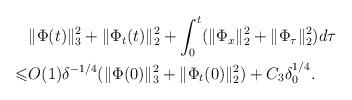
LaTeX: \begin{align*}&\|\Phi( t)\|_3^2 + \|\Phi_t( t)\|_2^2+ \int_0^t (\|\Phi_x\|_2^2 + \|\Phi_\tau\|_2^2) d\tau\\ \leqslant& O(1)\delta^{-1/4}( \|\Phi(0)\|_3^2 + \|\Phi_t(0)\|_2^2)+ C_3 \delta_0^{{1}/{4}}.\end{align*}